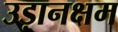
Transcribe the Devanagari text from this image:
उड़ानक्षम